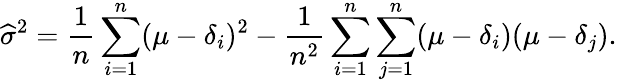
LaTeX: {\widehat{\sigma}}^{2}={\frac{1}{n}}\sum_{i=1}^{n}(\mu-\delta_{i})^{2}-{\frac{1}{n^{2}}}\sum_{i=1}^{n}\sum_{j=1}^{n}(\mu-\delta_{i})(\mu-\delta_{j}).